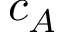
c _ { A }